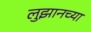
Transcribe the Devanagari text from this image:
लुझानच्या